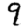
Digit: 9